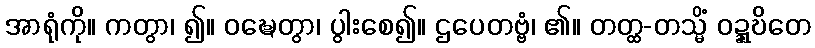
အာရုံကို။ ကတွာ၊ ၍။ ဝဍ္ဎေတွာ၊ ပွါးစေ၍။ ဌပေတဗ္ဗံ၊ ၏။ တတ္ထ-တသ္မိံ ဝဍ္ဍ္ဎိတေ